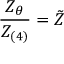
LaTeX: \frac { Z _ { \theta } } { Z _ { ( 4 ) } } = \tilde { Z }